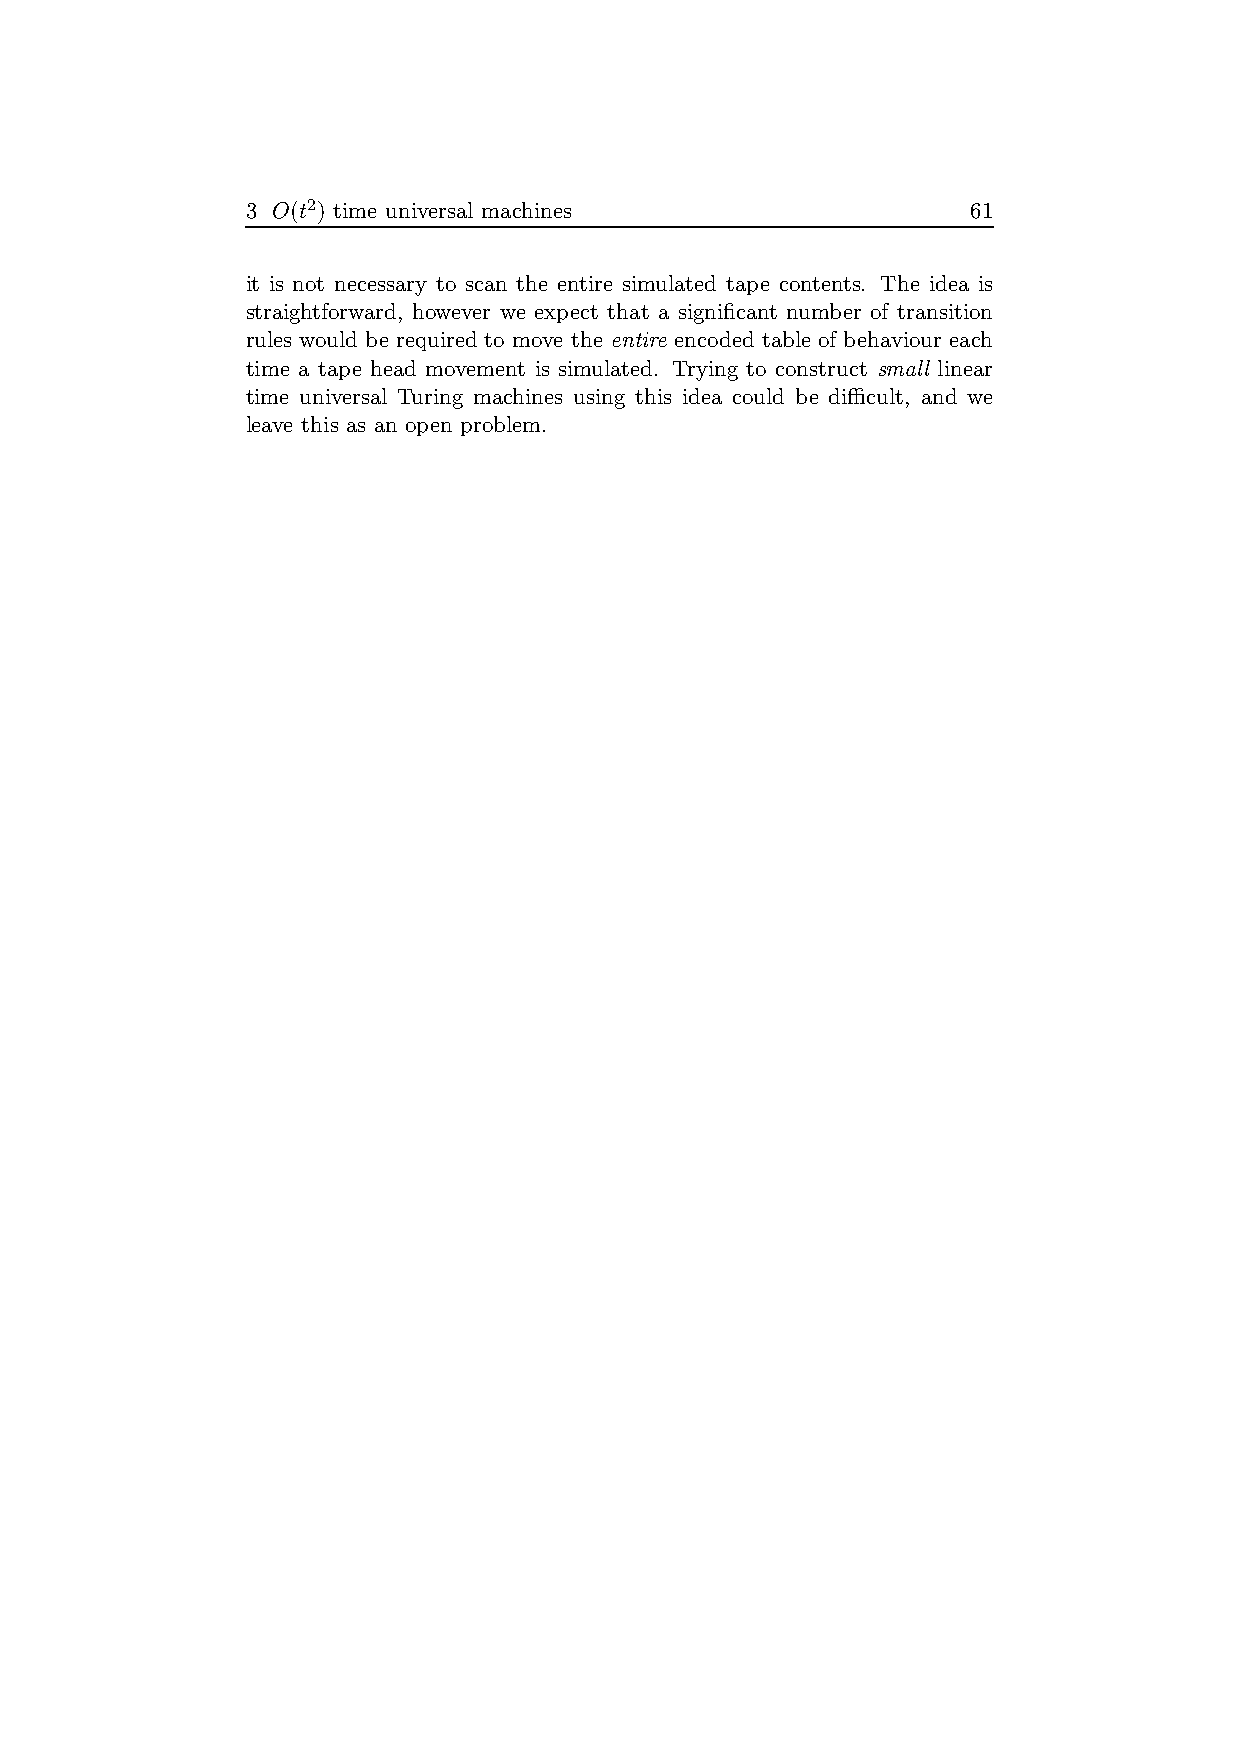
3 O(t2) time universal machines                 61
 it is not necessary to scan the entire simulated tape contents. The idea is
 straightforward, however we expect that a significant number of transition
 rules would be required to move the entire encoded table of behaviour each
 time a tape head movement is simulated. Trying to construct small linear
 time universal Turing machines using this idea could be difficult, and we
 leave this as an open problem.